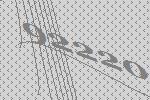
92220